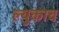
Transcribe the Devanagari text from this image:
ल्युकाच